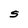
Character: S